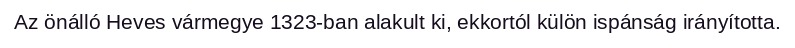
Az önálló Heves vármegye 1323-ban alakult ki, ekkortól külön ispánság irányította.